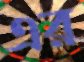
এর